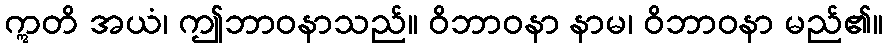
ဣတိ အယံ၊ ဤဘာဝနာသည်။ ဝိဘာဝနာ နာမ၊ ဝိဘာဝနာ မည်၏။